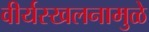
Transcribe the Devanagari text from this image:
वीर्यस्खलनामुळे